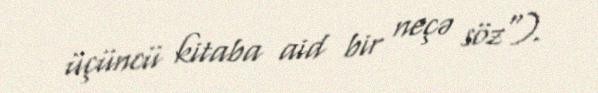
üçüncü kitaba aid bir neçə söz").